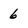
Character: 6